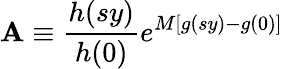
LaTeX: \mathbf{A}\equiv{\frac{{h(sy)}}{{h(0)}}}e^{M\left[g(sy)-g(0)\right]}